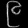
Digit: ၉